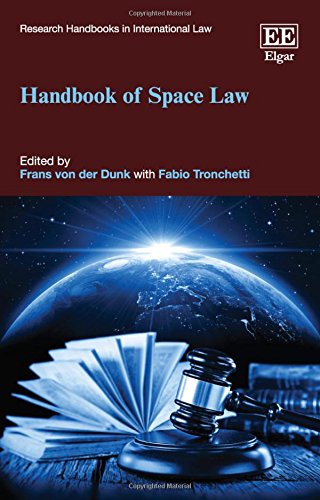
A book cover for Handbook of Space Law (Research Handbooks in International Law Series) (Elgar Original Reference); Frans Von Der Dunk; Law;